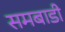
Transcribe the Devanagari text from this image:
समबाडी